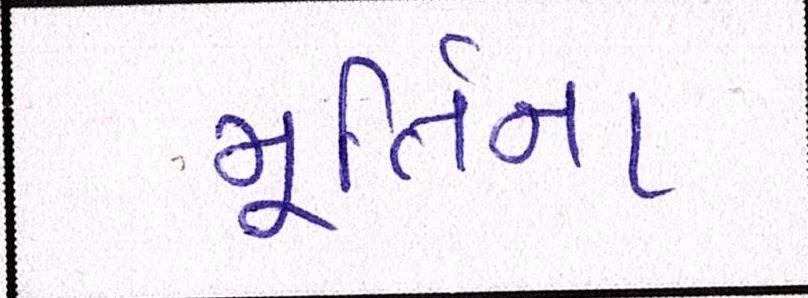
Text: મૂર્તિના